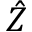
\hat { Z }